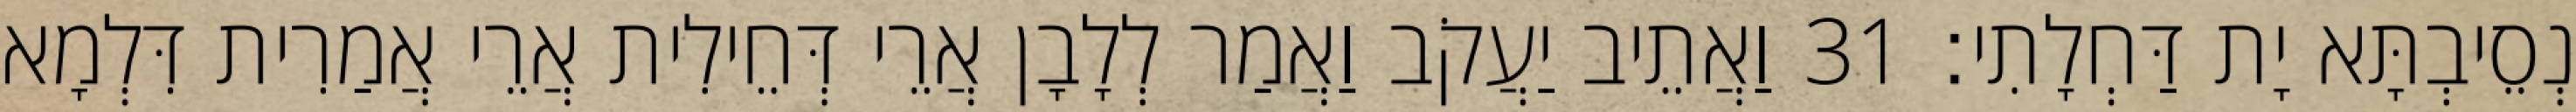
נְסֵיבְתָּא יָת דַּחְלָתִי׃ 31 וַאֲתֵיב יַעֲקֹב וַאֲמַר לְלָבָן אֲרֵי דְּחֵילִית אֲרֵי אֲמַרִית דִּלְמָא